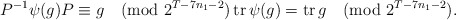
\begin{align*}P^{-1}\psi(g)P \equiv g \pmod{2^{T-7n_1-2}} \operatorname{tr} \psi(g)= \operatorname{tr} g \pmod{2^{T-7n_1-2}}.\end{align*}